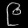
Digit: ၉